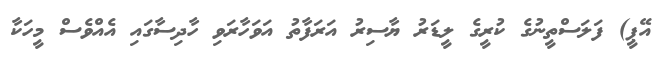
އޭޕީ) ފަލަސްތީނުގެ ކުރީގެ ލީޑަރު ޔާސިރު އަރަފާތު އަވަހާރަވި ހާދިސާގައި އެއްވެސް މީހަކާ